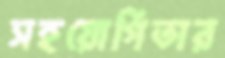
সহয়োগিতার